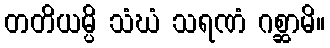
တတိယမ္ပိ သံဃံ သရဏံ ဂစ္ဆာမိ။